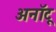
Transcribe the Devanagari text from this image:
अनॉटू